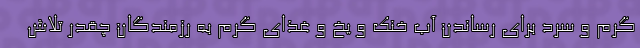
گرم و سرد برای رساندن آب خنک و یخ و غذای گرم به رزمندگان چقدر تلاش